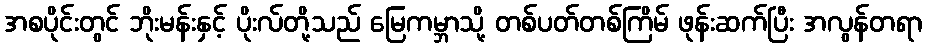
အစပိုင်းတွင် ဘိုးမန်းနှင့် ပိုးလ်တို့သည် မြေကမ္ဘာသို့ တစ်ပတ်တစ်ကြိမ် ဖုန်းဆက်ပြီး အလွန်တရာ